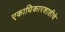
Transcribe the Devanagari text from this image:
एकाधिकारशाहीचे